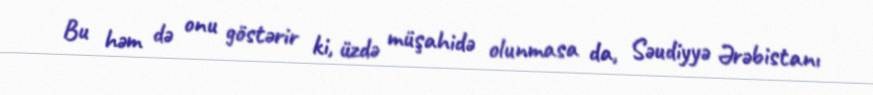
Bu həm də onu göstərir ki, üzdə müşahidə olunmasa da, Səudiyyə Ərəbistanı